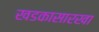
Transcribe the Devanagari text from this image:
खडकासारखा